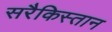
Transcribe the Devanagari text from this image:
सरैकिस्तान